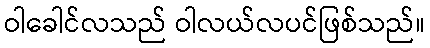
ဝါခေါင်လသည် ဝါလယ်လပင်ဖြစ်သည်။